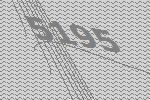
5195